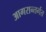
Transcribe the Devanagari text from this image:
आगरान्तर्गत